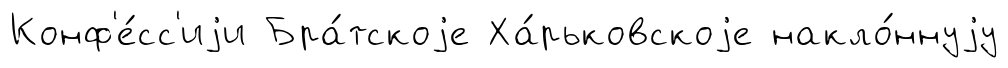
Конф'е́сс'иjи Бра́тскоjе Ха́рьковскоjе накло́ннуjу